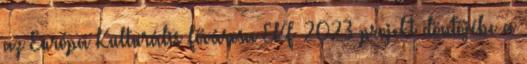
az Európa Kulturális Fővárosa EKF 2023 projekt döntőjébe a